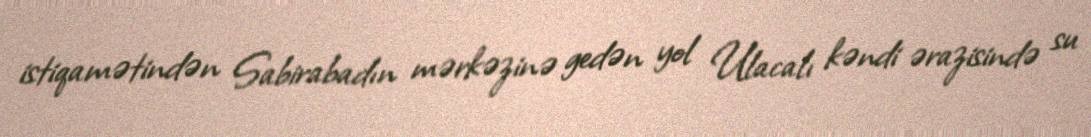
istiqamətindən Sabirabadın mərkəzinə gedən yol Ulacalı kəndi ərazisində su